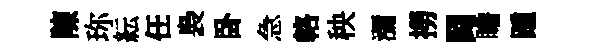
陳珎紜任裊卧急輅秧瀰撈闘瞻踵